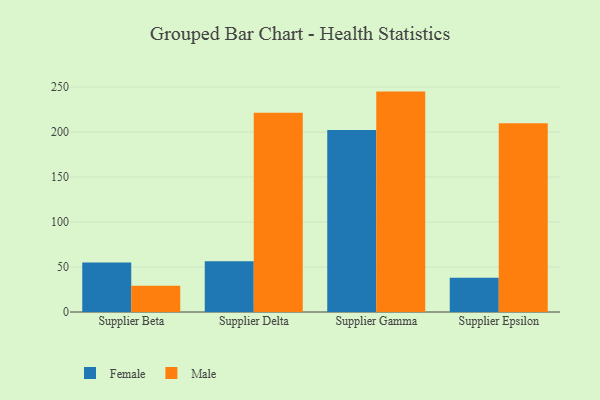
{"axis": {"x": "Supplier", "y": "Waste Production (Tons)"}, "legend": ["Female", "Male"], "data": [{"x": "Supplier Beta", "y": 55.0, "type": "Female"}, {"x": "Supplier Beta", "y": 29.1, "type": "Male"}, {"x": "Supplier Delta", "y": 56.3, "type": "Female"}, {"x": "Supplier Delta", "y": 221.5, "type": "Male"}, {"x": "Supplier Gamma", "y": 202.3, "type": "Female"}, {"x": "Supplier Gamma", "y": 245.0, "type": "Male"}, {"x": "Supplier Epsilon", "y": 38.2, "type": "Female"}, {"x": "Supplier Epsilon", "y": 209.7, "type": "Male"}]}